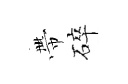
帶碎